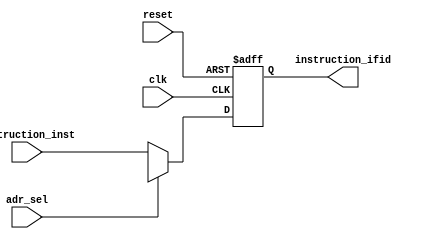
`timescale 1ns / 1ps
//////////////////////////////////////////////////////////////////////////////////
// Company: 
// Engineer: 
// 
// Design Name: 
// Module Name:    IFID_reg 
// Project Name: 
// Target Devices: 
// Tool versions: 
// Description: 
//
// Dependencies: 
//
// Revision: 
// Revision 0.01 - File Created
// Additional Comments: 
//
//////////////////////////////////////////////////////////////////////////////////
module IFIDreg(
	input [7:0] instruction_inst,
	input clk,
	input reset,
	input adr_sel,
	output reg [7:0] instruction_ifid
);

always@(posedge clk, negedge reset)
	begin
	if(reset == 0)
	begin
		instruction_ifid = 8'b0;
	end
	else if (adr_sel)
	begin
		instruction_ifid = 8'bx;//since when the previous instruction was jump, so the pc value was incorrect for the next instruction.
	end
	else begin
		instruction_ifid = instruction_inst;
	end
	end
endmodule